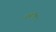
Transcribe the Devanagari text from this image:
अमरोत